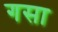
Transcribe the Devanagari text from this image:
गसा